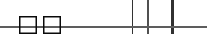
٨٦